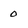
Character: 0